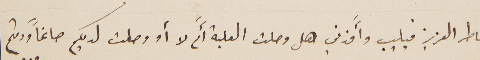
خاطر العزيز فيليب وأَفدني هل وصلت العلبة أَم لا أو وصلت لديكم صاغاً ودمتم